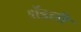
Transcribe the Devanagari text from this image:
शॅडली